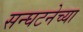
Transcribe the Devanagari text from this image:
सन्घटनेच्या